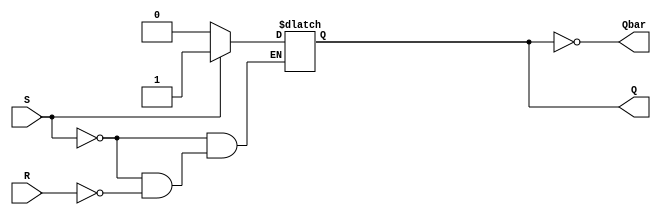
// Same as Sifive's SR latch, but with Qbar
// See LICENSE for license details.
module trng_primitive_latch(
	input R,
	input S,
	output Q,
	output Qbar
);

  reg latch;

  // synopsys async_set_reset "set"
  // synopsys one_hot "set, reset"
  always @(S or R)
  begin
    if (S)
      latch = 1'b1;
    else if (R)
      latch = 1'b0;
  end

  assign Q = latch;
  assign Qbar = ~latch;
endmodule